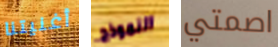
أغنيتنا النموذج اصمتي